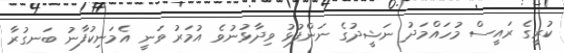
ކުރީގެ ރައީސް މުހައްމަދު ނަޝީދުގެ ނަންފުޅު ވިދާޅުނުވެ އުމަރު ވަނީ އެމަނިކުފާނު ބަނގުރާ